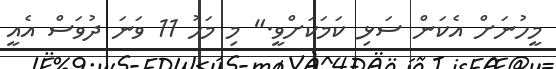
މީހުނަށް އެކަން ސަޅި ކަމަކަށްވީ." މި މަހު 11 ވަނަ ދުވަސް އެއީ